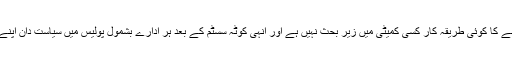
سیاست دانوں کے نوکریوں میں کوٹے ختم کرنے کا کوئی طریقہ کار کسی کمیٹی میں زیر بحث نہیں ہے اور انہی کوٹہ سسٹم کے بعد ہر ادارے بشمول پولیس میں سیاست دان اپنے نوکر اور چاکر بھرتی کرتے چلے جاتے ہیں۔